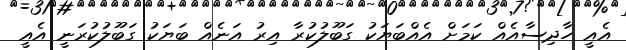
އެއީ ހާދިސާއެއް ކަމަށް އެއްބަޔަކު ގަބޫލުކުރާ އިރު އަނެއް ބަޔަކު ގަބޫލުކުރަނީ އެއީ